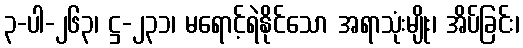
၃-ပါ-၂၆၃၊ ဋ္ဌ-၂၃၁၊ မရောင့်ရဲနိုင်သော အရာသုံးမျိုး၊ အိပ်ခြင်း၊